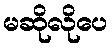
မဆိုလိုပေ